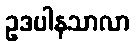
ဥဒပါနသာလာ